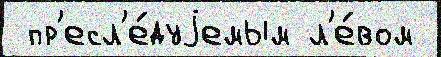
 пр'есл'е́дуjемым л'е́вом